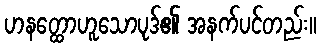
ဟနတ္ထောဟူသောပုဒ်၏ အနက်ပင်တည်း။